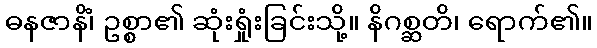
ဓနဇာနိံ၊ ဥစ္စာ၏ ဆုံးရှုံးခြင်းသို့။ နိဂစ္ဆတိ၊ ရောက်၏။